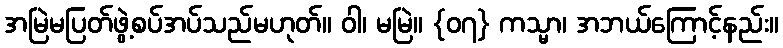
အမြဲမပြတ်ဖွဲ့စပ်အပ်သည်မဟုတ်။ ဝါ၊ မမြဲ။ {၀၇} ကသ္မာ၊ အဘယ်ကြောင့်နည်း။